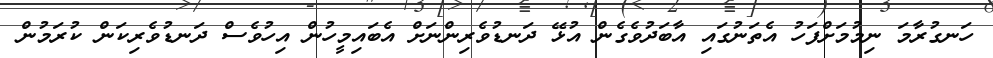
ހަނގުރާމަ ނިމުމަށްފަހު އެތަނުގައި އާބަދުވެގެން އުޅޭ ދަނޑުވެރިންނަށް އެބައިމީހުން އިހުވެސް ދަނޑުވެރިކަން ކުރަމުން